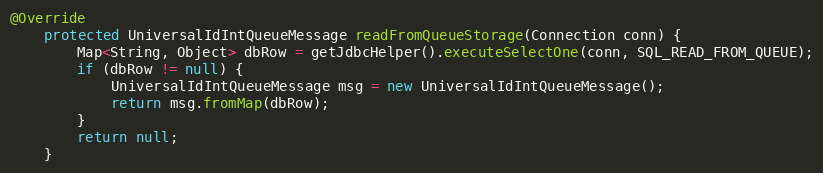
Language: Java
@Override
    protected UniversalIdIntQueueMessage readFromQueueStorage(Connection conn) {
        Map<String, Object> dbRow = getJdbcHelper().executeSelectOne(conn, SQL_READ_FROM_QUEUE);
        if (dbRow != null) {
            UniversalIdIntQueueMessage msg = new UniversalIdIntQueueMessage();
            return msg.fromMap(dbRow);
        }
        return null;
    }